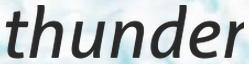
thunder